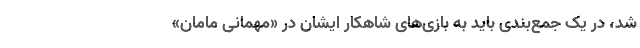
شد، در یک جمع‌بندی باید به بازی‌های شاهکار ایشان در «مهمانی مامان»